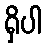
ရှိပါ